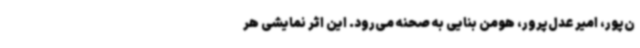
ن‌پور، امیر عدل‌پرور، هومن بنایی به صحنه می‌رود. این اثر نمایشی هر